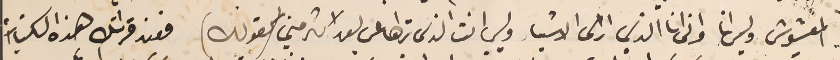
المغشوش وليس انا وانى انا الذي ارى الاشياء وليس انت الذى تراها عن بعد اكثر مني (كقولك) فعند قراتك هذه الكتابات